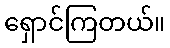
ရှောင်ကြတယ်။